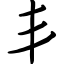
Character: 丯